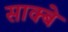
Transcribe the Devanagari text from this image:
साक्बे